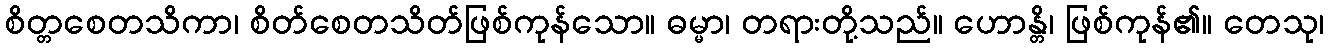
စိတ္တစေတသိကာ၊ စိတ်စေတသိတ်ဖြစ်ကုန်သော။ ဓမ္မာ၊ တရားတို့သည်။ ဟောန္တိ၊ ဖြစ်ကုန်၏။ တေသု၊